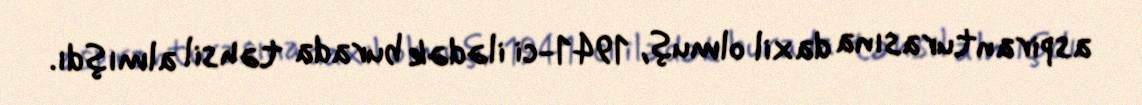
aspiranturasına daxil olmuş, 1941-ci ilədək burada təhsil almışdı.